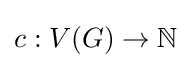
c:V(G)\to \mathbb {N}